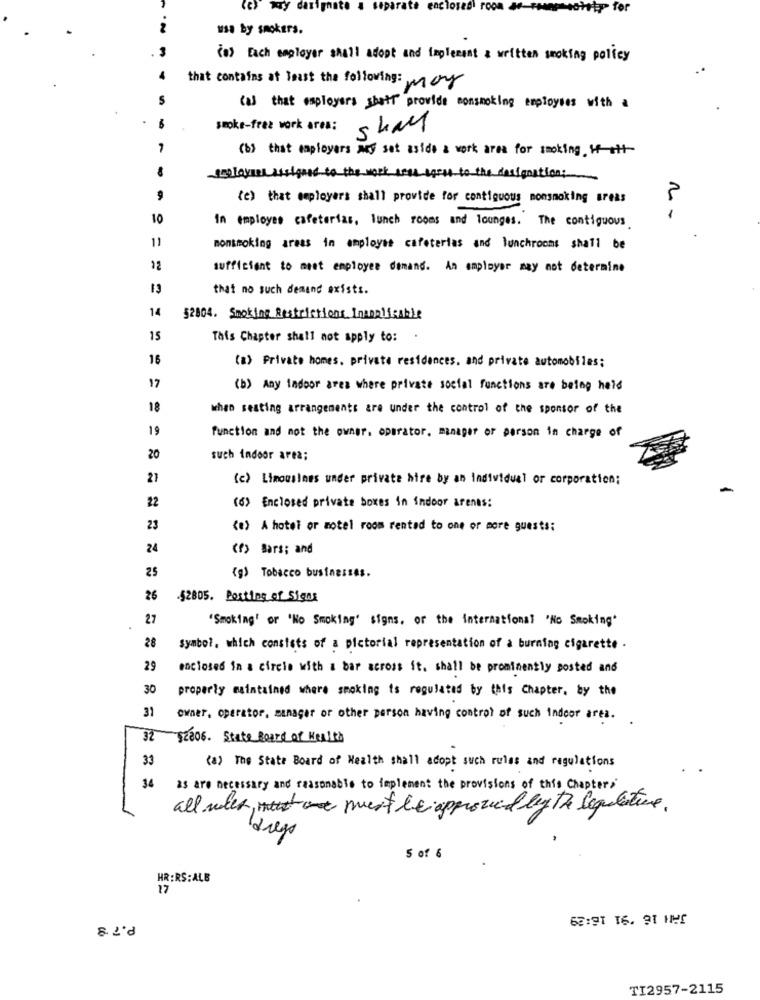
parate enclosed' room
wahrty for
usa by smokers.
(8) Each employer shall adopt and Implement & written smoking policy
that contains at least the following: many
(a) that employers shett provide monsmoking employees with a
smoke-free work area:
shay
-
(b) that employers auf set aside & work area for smoking +-+++-
employees assigned to the work wear epret to the designation:
(e) that employers shall provide for contiguous nonsmoking areas
10
In employes cafeterias, lunch rooms and lounges. The contiguous
11
nonsmoking areas in employee cafeterias and lunchrooms shall be
sufficient to meet employee demand. An employer may not determine
13
that no such demand exists.
14
52804. Smoking Restrictions Inapplicable
15
This Chapter shall not apply to:
16
(a) Private homes, private residences. and private automobiles;
17
(b) Any Indoor area where private social functions are being held
18
when seating arrangements are under the control of the sponsor of the
19
function and not the owner. operator, manager or person in charge of
20
such indoor area;
27
(c) Limousines under private hire by an individual or corporation;
22
(6) Enclosed private boxes in indoor arenes:
23
(e) A hotel or motel room rented to one or more guests:
24
(f) Bars; and
25
(g) Tobacco businessas.
26
.52805. Posting of Sigas
27
"Smoking' or 'No Smoking' signs, or the international 'No Smoking'
28
Symbol. which consists of a pictorial representation of a burning cigarette .
29
enclosed in a circle with a bar across it. shall be prominently posted and
30
properly maintained where smoking is regulated by this Chapter, by the
31
owner, operator, manager or other person having control of such indoor ares.
32 12006. State Board of Wealth
33
(3) The State Board of Health shall adopt such rules and regulations
34
as are necessary and reasonable to implement the provisions of this Chapter;
all welt, must be approved by the lequelative.
dregs
5 of 6
HR :RS: ALB
17
63:91 16. 91 140
TI2957-2115